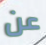
عن